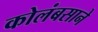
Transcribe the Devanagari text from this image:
कोलंबसाने